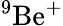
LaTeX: ^{9}\mathrm{{Be}^{+}}